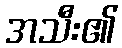
အသီး၏